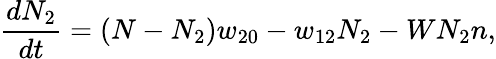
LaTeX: \frac{dN_{2}}{dt}=\left(N-N_{2}\right)w_{20}-w_{12}N_{2}-WN_{2}n,